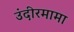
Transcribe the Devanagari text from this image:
उंदीरमामा